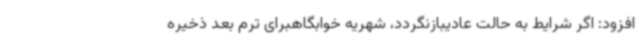
افزود: اگر شرایط به حالت عادیبازنگردد، شهریه خوابگاهبرای ترم بعد ذخیره